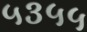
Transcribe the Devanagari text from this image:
५३५५